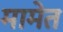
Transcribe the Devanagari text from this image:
मामेत